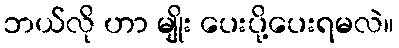
ဘယ်လို ဟာ မျိုး ပေးပို့ပေးရမလဲ။